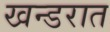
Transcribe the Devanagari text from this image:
खन्डरात